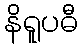
နိရူပဓီ